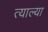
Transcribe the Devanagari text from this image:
त्याल्या